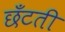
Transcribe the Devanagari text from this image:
छँटती